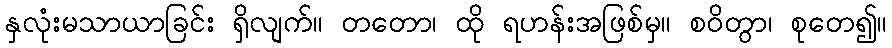
နှလုံးမသာယာခြင်း ရှိလျက်။ တတော၊ ထို ရဟန်းအဖြစ်မှ။ စဝိတွာ၊ စုတေ၍။